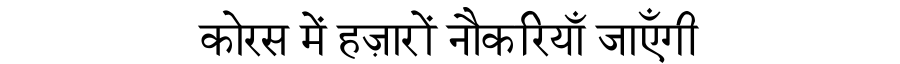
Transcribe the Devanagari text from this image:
कोरस में हज़ारों नौकरियाँ जाएँगी